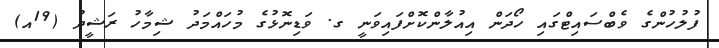
ފުލުހުންގެ ވެބްސައިޓްގައި ހޯދަން އިއުލާންކޮށްފައިވަނީ ގ. ވަޑިނޮޅުގެ މުހައްމަދު ޝިމާހު ރަޝީދު (19އ)